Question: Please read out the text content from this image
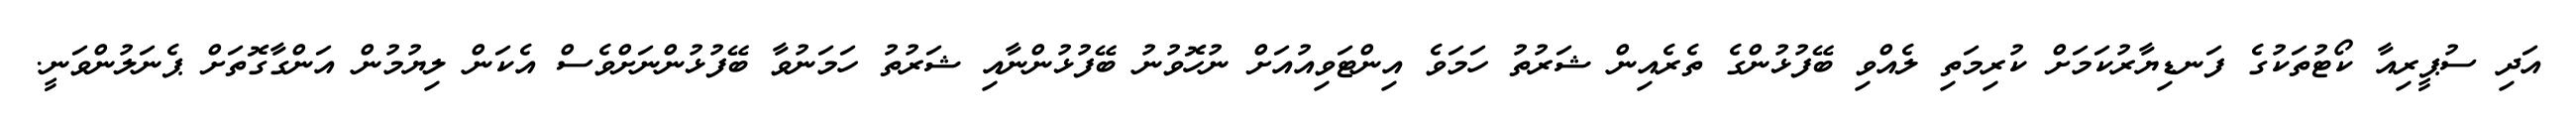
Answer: އަދި ސުޕީރިއާ ކޯޓުތަކުގެ ފަނޑިޔާރުކަމަށް ކުރިމަތި ލެއްވި ބޭފުޅުންގެ ތެރެއިން ޝަރުތު ހަމަވެ އިންޓަވިއުއަށް ނުހޮވުނު ބޭފުޅުންނާއި ޝަރުތު ހަމަނުވާ ބޭފުޅުންނަށްވެސް އެކަން ލިޔުމުން އަންގާގޮތަށް ޕެނަލުންވަނީ.